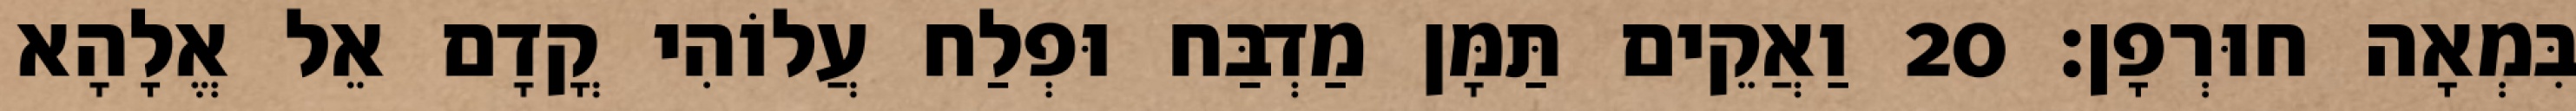
בִּמְאָה חוּרְפָן׃ 20 וַאֲקֵים תַּמָּן מַדְבַּח וּפְלַח עֲלוֹהִי קֳדָם אֵל אֱלָהָא